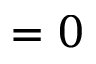
= 0